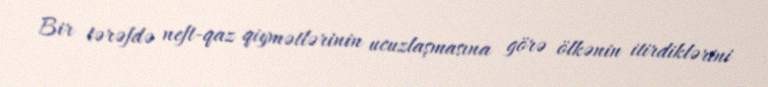
Bir tərəfdə neft-qaz qiymətlərinin ucuzlaşmasına görə ölkənin itirdiklərini